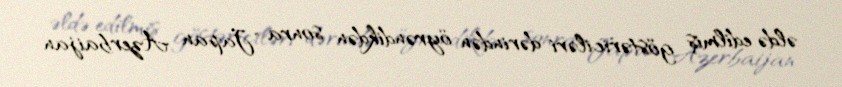
əldə edilmiş göstəriciləri dərindən öyrəndikdən sonra "Japan Azerbaijan